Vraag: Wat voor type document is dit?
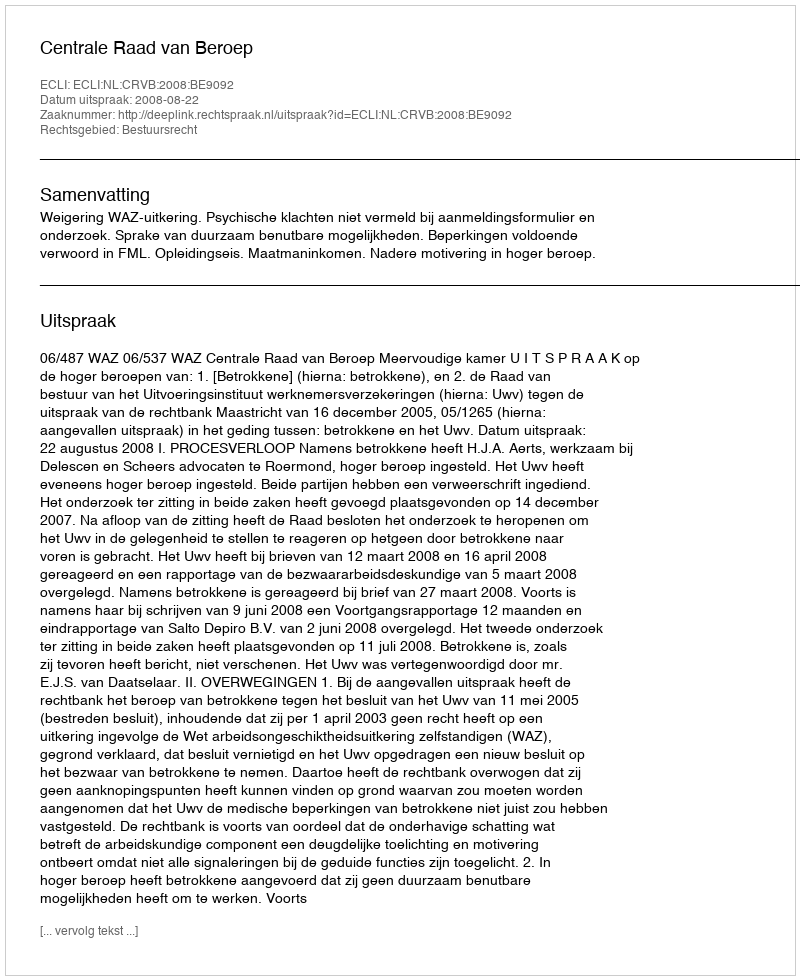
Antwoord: Uitspraak